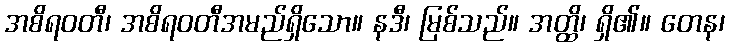
အစိရဝတီ၊ အစိရဝတီအမည်ရှိသော။ နဒီ၊ မြစ်သည်။ အတ္ထိ၊ ရှိ၏။ တေန၊